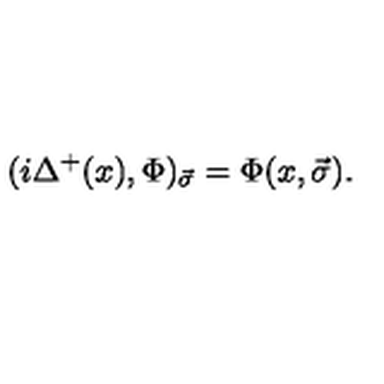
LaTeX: ( i \Delta ^ { + } ( x ) , \Phi ) _ { \vec { \sigma } } = \Phi ( x , \vec { \sigma } ) .